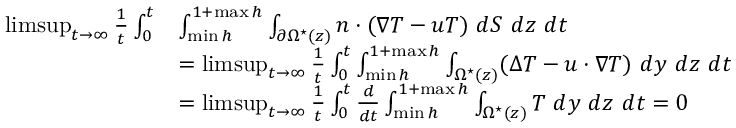
\begin{array} { r l } { \operatorname* { l i m s u p } _ { t \rightarrow \infty } \frac { 1 } { t } \int _ { 0 } ^ { t } } & { \int _ { \operatorname* { m i n } h } ^ { 1 + \operatorname* { m a x } h } \int _ { \partial \Omega ^ { \star } ( z ) } n \cdot ( \nabla T - u T ) \ d S \ d z \ d t } \\ & { = \operatorname* { l i m s u p } _ { t \rightarrow \infty } \frac { 1 } { t } \int _ { 0 } ^ { t } \int _ { \operatorname* { m i n } h } ^ { 1 + \operatorname* { m a x } h } \int _ { \Omega ^ { \star } ( z ) } ( \Delta T - u \cdot \nabla T ) \ d y \ d z \ d t } \\ & { = \operatorname* { l i m s u p } _ { t \rightarrow \infty } \frac { 1 } { t } \int _ { 0 } ^ { t } \frac { d } { d t } \int _ { \operatorname* { m i n } h } ^ { 1 + \operatorname* { m a x } h } \int _ { \Omega ^ { \star } ( z ) } T \ d y \ d z \ d t = 0 \, } \end{array}